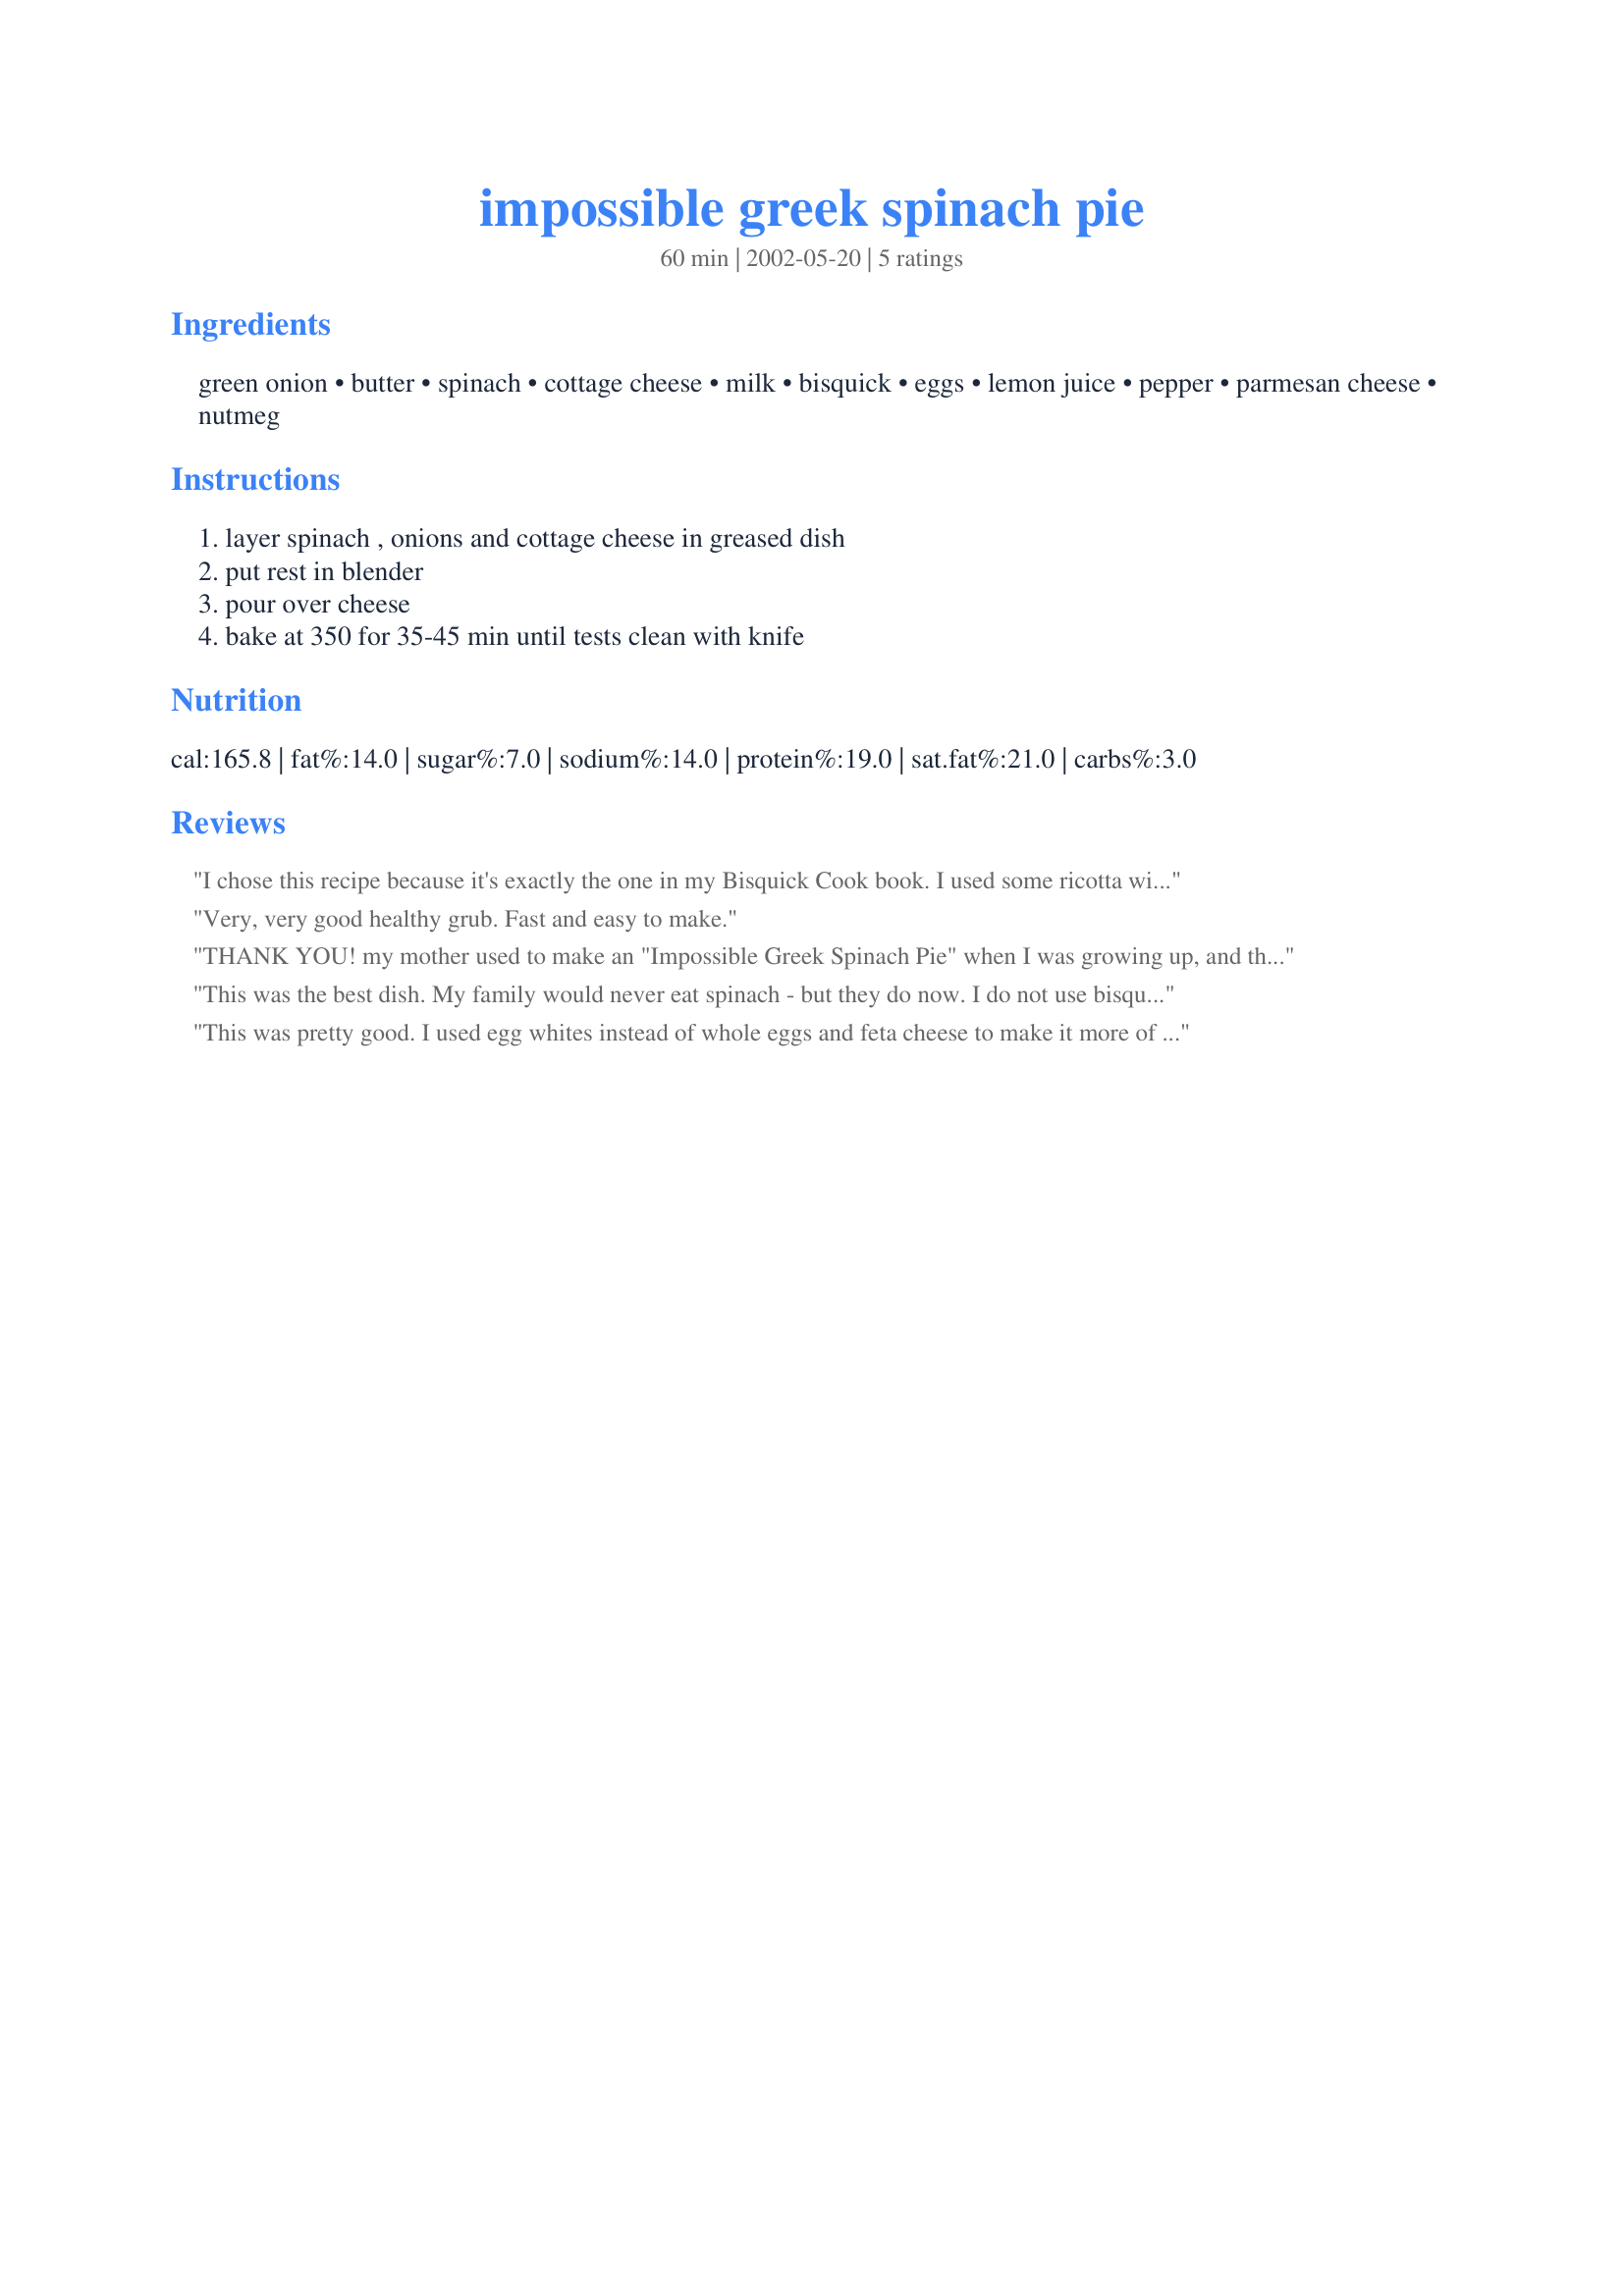
impossible greek spinach pie
Preparation time: 60 minutes

Ingredients:
green onion, butter, spinach, cottage cheese, milk, bisquick, eggs, lemon juice, pepper, parmesan cheese, nutmeg

Steps:
layer spinach , onions and cottage cheese in greased dish, put rest in blender, pour over cheese, bake at 350 for 35-45 min until tests clean with knife

Reviews:
I chose this recipe because it's exactly the one in my Bisquick Cook book. I used some ricotta with my cottage cheese (since that's what I had) and it worked out great. I loved that the spinach stayed distributed evenly and didn't sink to the bottom of the dish! I prefer fresh spinach over frozen, but in this dish it is just fine! This turned out like the photo in my book! Thanks Ngibsonn- I'll make this one again.
Roxygirl
Very, very good healthy grub. Fast and easy to make.
THANK YOU! my mother used to make an "Impossible Greek Spinach Pie" when I was growing up, and this one brought fond memories -- it's perfect! Thank you!
This was the best dish. My family would never eat spinach - but they do now. I do not use bisquick so I used flour and baking powder. It was fast and easy to make.
This was pretty good. I used egg whites instead of whole eggs and feta cheese to make it more of an authentic Greek taste. The nutmeg really helped to bring out the flavor of this dish. I will probably make this again...thanks for posting!
